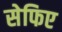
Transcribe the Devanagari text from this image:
सेफिए